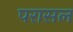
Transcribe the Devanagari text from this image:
परासल